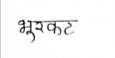
मजकूर: भुरकट